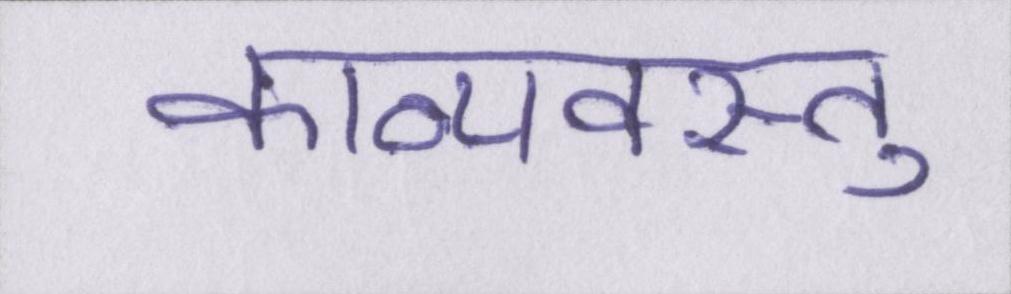
काव्यवस्तु